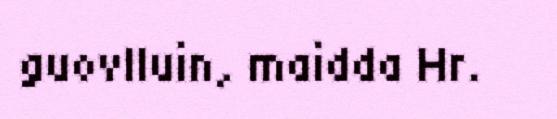
guovlluin, maidda Hr.